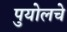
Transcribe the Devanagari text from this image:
पुयोलचे